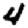
Digit: 4